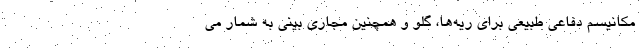
مکانیسم دفاعی طبیعی برای ریه‌ها، گلو و همچنین مجاری بینی به شمار می